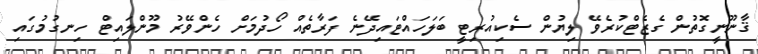
ޤާނޫނީގޮތުން ގެޒެޓްކުރެވޭ ލިޔުން ސެކިއުރިޓީ ބަލަހައްޓައިދޭނެ ފަރާތެއް ހޯދުމަށް ހެންވޭރު މޫންލައިޓް ހިނގުމުގައި